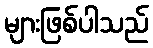
များဖြစ်ပါသည်